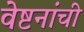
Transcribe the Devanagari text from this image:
वेष्टनांची